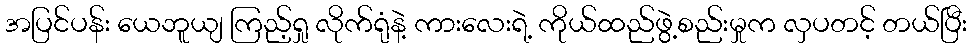
အပြင်ပန်း ယေဘူယျ ကြည့်ရှု လိုက်ရုံနဲ့ ကားလေးရဲ့ ကိုယ်ထည်ဖွဲ့စည်းမှုက လှပတင့် တယ်ပြီး